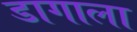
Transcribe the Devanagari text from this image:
डागाला